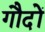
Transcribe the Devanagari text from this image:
गौदों